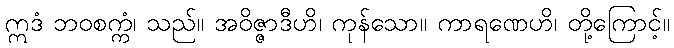
ဣဒံ ဘဝစက္ကံ၊ သည်။ အဝိဇ္ဇာဒီဟိ၊ ကုန်သော။ ကာရဏေဟိ၊ တို့ကြောင့်။